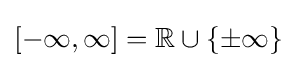
[-\infty ,\infty ]=\mathbb {R} \cup \{\pm \infty \}